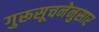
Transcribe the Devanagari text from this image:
गुरूसूचनेनुसार